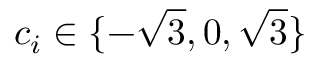
c _ { i } \in \{ - \sqrt { 3 } , 0 , \sqrt { 3 } \}